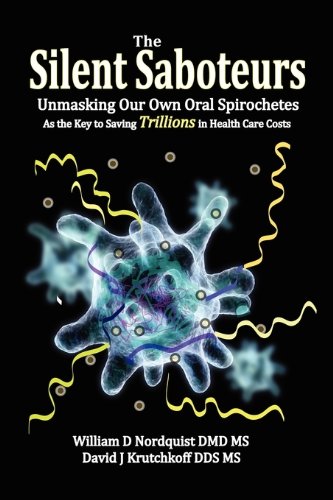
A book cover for The Silent Saboteurs: Unmasking Our Own Oral Spirochetes as the Key to Saving Trillions in Health Care Costs; William D Nordquist DMD MS; Medical Books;